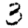
Digit: 3